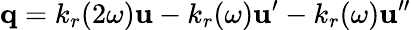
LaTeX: \boldsymbol{\mathbf{q}}=k_{r}(2\omega)\boldsymbol{\mathbf{u}}-k_{r}(\omega)\boldsymbol{\mathbf{u}}^{\prime}-k_{r}(\omega)\boldsymbol{\mathbf{u}}^{\prime\prime}